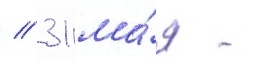
/ 31 ма́я -